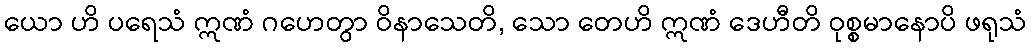
ယော ဟိ ပရေသံ ဣဏံ ဂဟေတွာ ဝိနာသေတိ, သော တေဟိ ဣဏံ ဒေဟီတိ ဝုစ္စမာနောပိ ဖရုသံ